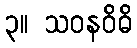
၃။ သဝနဝိဓိ